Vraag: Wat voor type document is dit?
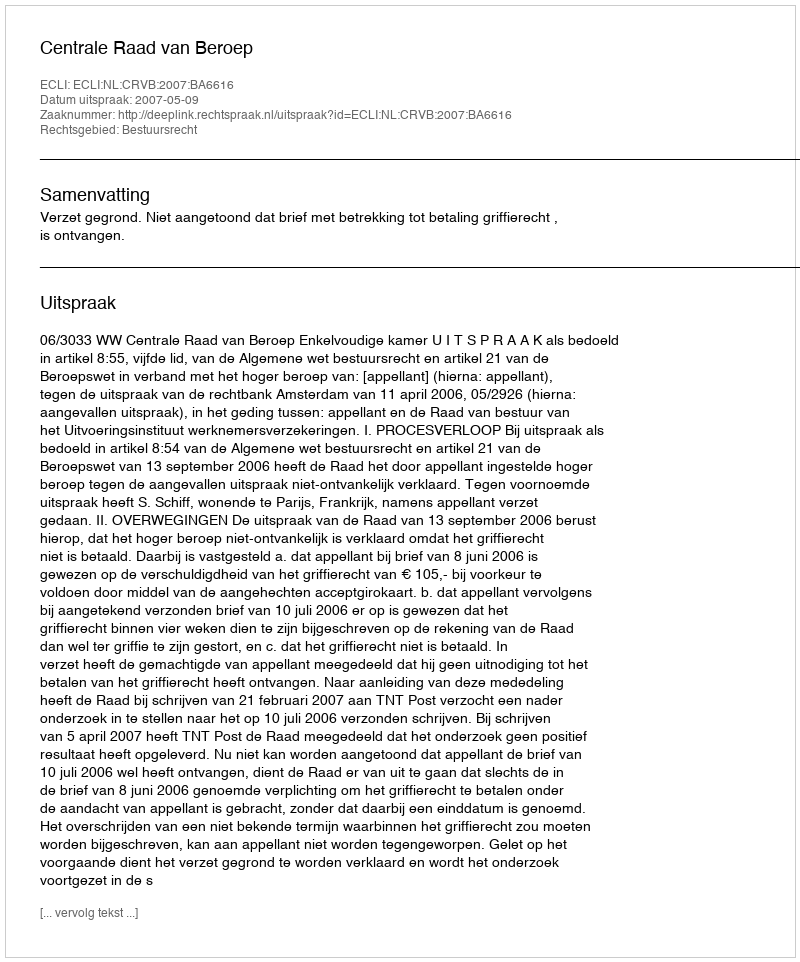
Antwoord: Uitspraak